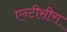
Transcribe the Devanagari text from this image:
एन्टीसीरा